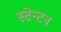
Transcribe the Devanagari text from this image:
स्टेन्टन